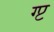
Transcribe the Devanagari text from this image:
ग्प्ट